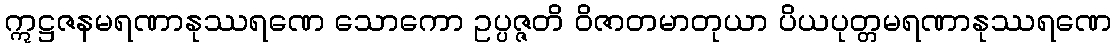
ဣဋ္ဌဇနမရဏာနုဿရဏေ သောကော ဥပ္ပဇ္ဇတိ ဝိဇာတမာတုယာ ပိယပုတ္တမရဏာနုဿရဏေ